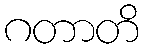
ဂတာတိ